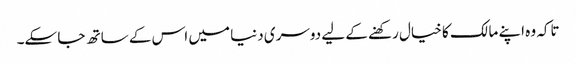
تاکہ وہ اپنے مالک کا خیال رکھنے کے لیے دوسری دنیا میں اس کے ساتھ جا سکے۔